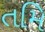
તમિ